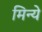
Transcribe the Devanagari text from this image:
मिन्ये